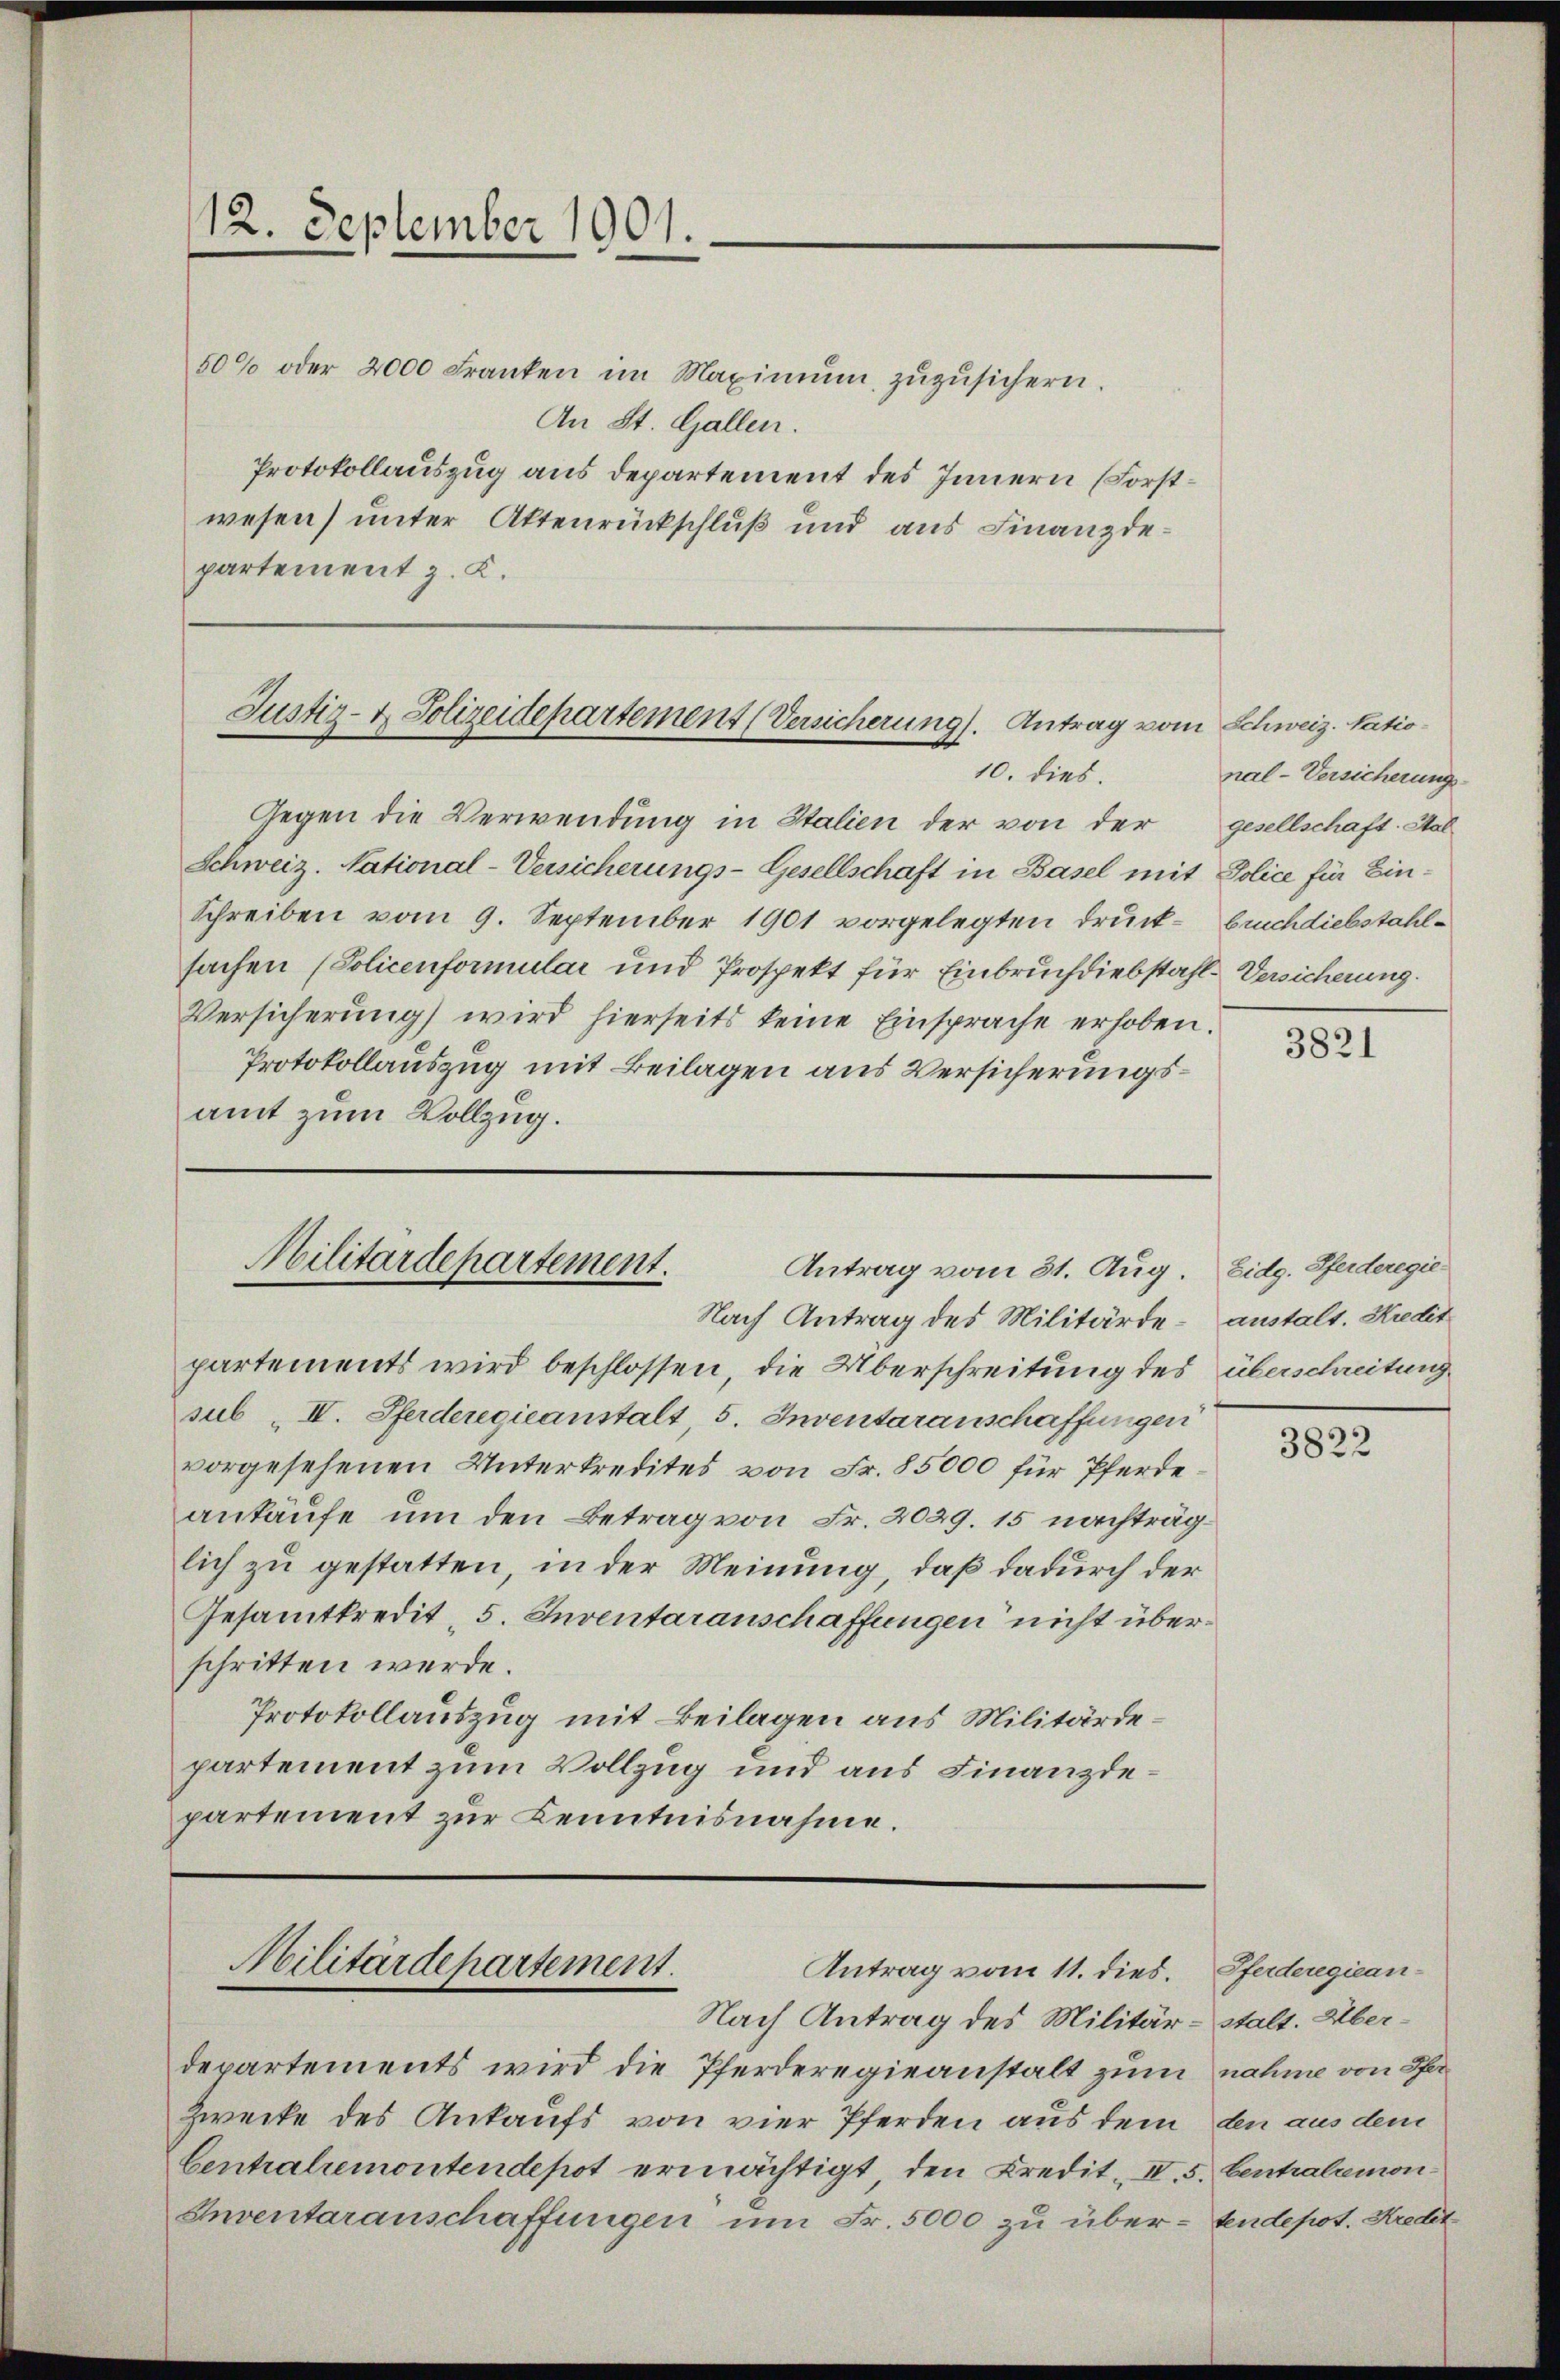
12. September 1901.

50% oder 2000 Franken im Maximŭm zŭzŭsichern.
An St. Gallen.
Protokollauszug aus departement des Innern (Forstwesen) unter Attenrückschluß und aus Finanzdepartement z. K.

Justiz- & Polizeidepartement (Versicherung). Antrag vom Schweiz. Natio
10. dies.

Gegen die Verwendung in Italien der von der gesellschaft. Stal
Schweiz. National-Versicherungs-Gesellschaft in Basel mit Police für Ein¬
Schreiben vom 9. September 1901 vorgelegten Druck- Buchdiebstahlsachen (Policenformular und Prospekt für Einbruchdiebstahl-Versicherung.
Versicherung wird hierseits keine Einsprache erhoben.
Protokollauszug mit Beilagen aus Versicherungsamt zum Vollzug.

Militärdepartement.
Antrag vom 31. Aug.

Militärdepartement.
Antrag vom 11. dies.

Nach Antrag des Militärde- anstalt. Kredit
partements wird beschlossen, die Überschreitung des überschreitung
sub II. Pferderegieanstalt, 5. Inventaranschaffungen
vorgesehenen Unterkredites von Fr. 85000 für Pferdeankäufe, um den Betrag von Fr. 2029. 15 nachträglich zu gestatten, in der Meinung, daß dadurch der
Gesamtkredit, 5. Inventaranschaffungen nicht überschritten werde.
Protokollauszug mit Beilagen aus Militärdepartement zum Vollzug und aus Finanzdepartement zur Kenntnisnahme.

Nach Antrag des Militär-stalt. Überdepartements wird die Pferderegieanstalt zum nahme von Pa¬
Zwecke des Ankaufs von vier Pferden aus dem den aus dem
Centralremontendepot ermächtigt, den Kredit. II. 5. Centralremon
Inventaranschaffungen um Fr. 5000 zu über - sendepot. Kredit

nal-Versicherungs-

3821

Eidg. Pferderegie¬

3822

Pferderegiean-